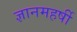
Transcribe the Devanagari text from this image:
ज्ञानमहर्षी